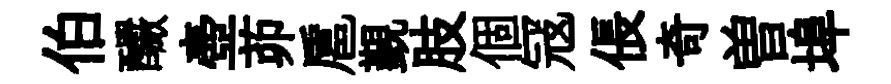
伯釅壺茆扈覲肢個冦倀奇曽埠